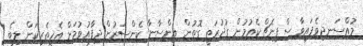
މުއްސަނދިވެފައިވާ ސްޕިނެޗް ކެއުމުން ގުދުރަތީ ގޮތުން އިންސާނާ ކެންސަރުން ދިފާއުވުމަށް އެހީތެރިކަން ލިބެ